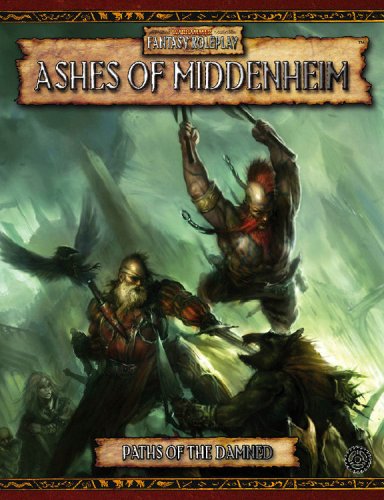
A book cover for Paths of the Damned: Ashes of Middenheim (Warhammer Fantasy Roleplay) (v. 1); Games Workshop Staff; Science Fiction & Fantasy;